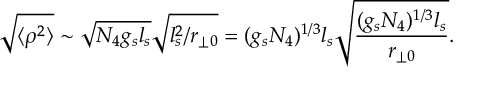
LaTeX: \sqrt { \langle \rho ^ { 2 } \rangle } \sim \sqrt { N _ { 4 } g _ { s } l _ { s } } \sqrt { l _ { s } ^ { 2 } / r _ { \perp 0 } } = ( g _ { s } N _ { 4 } ) ^ { 1 / 3 } l _ { s } \sqrt { \frac { ( g _ { s } N _ { 4 } ) ^ { 1 / 3 } l _ { s } } { r _ { \perp 0 } } } .